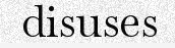
disuses